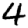
Digit: 4